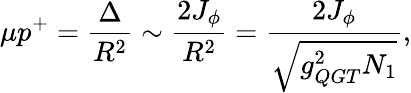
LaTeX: \mu p^{+}=\frac{\Delta}{R^{2}}\sim\frac{2J_{\phi}}{R^{2}}=\frac{2J_{\phi}}{\sqrt{g_{QGT}^{2}N_{1}}},